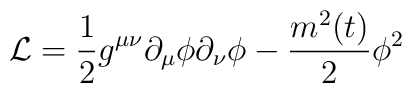
{\cal L} = \frac{1}{2}g^{\mu \nu} \partial_{\mu} \phi\partial_{\nu} \phi - \frac{m^2 (t)}{2} \phi^2